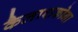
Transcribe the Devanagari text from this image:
कैलाशकोना